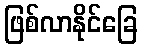
ဖြစ်လာနိုင်ခြေ